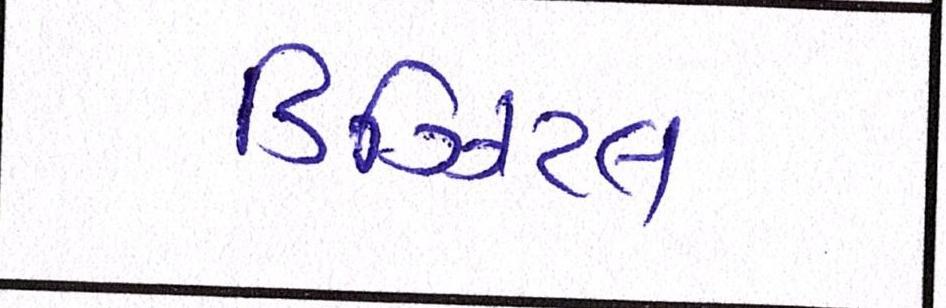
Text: ડિઝિટલ